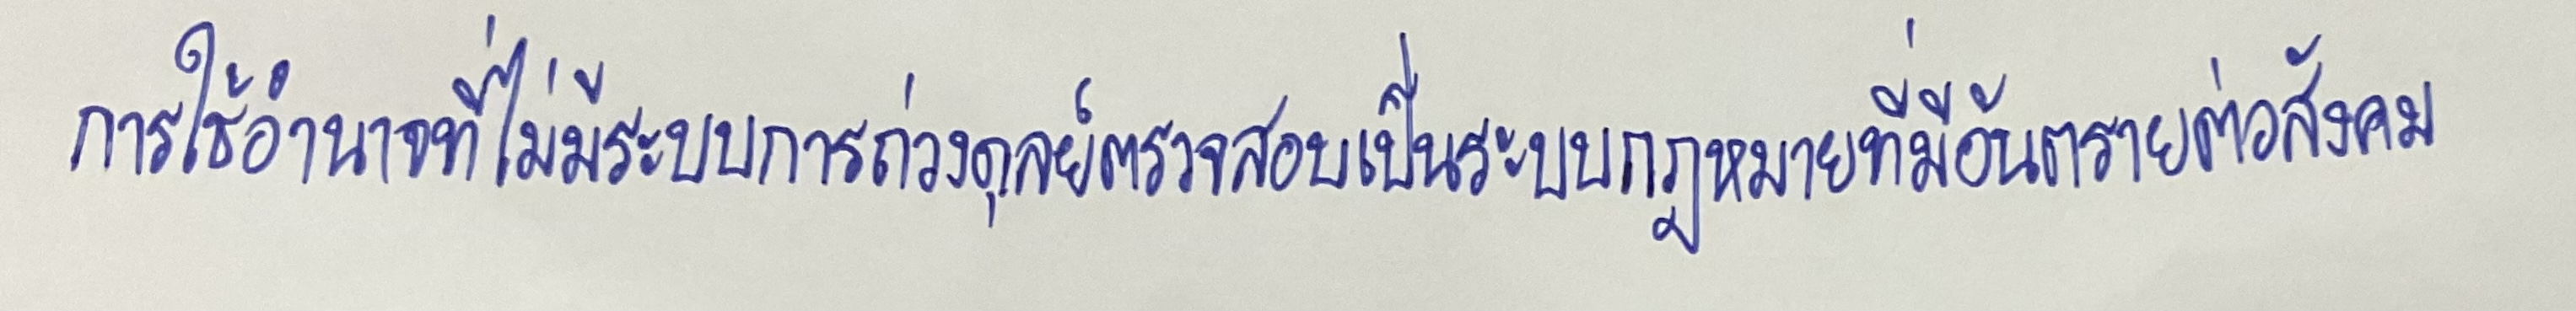
การใช้อำนาจที่ไม่มีระบบการถ่วงดุลย์ตรวจสอบเป็นระบบกฎหมายที่มีอันตรายต่อสังคม